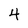
Character: 4